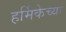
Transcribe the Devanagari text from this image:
हर्मिकेच्या